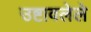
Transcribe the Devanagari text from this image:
उष्टावलेले